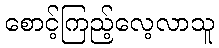
စောင့်ကြည့်လေ့လာသူ